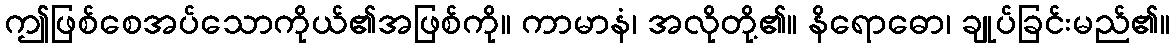
ဤဖြစ်စေအပ်သောကိုယ်၏အဖြစ်ကို။ ကာမာနံ၊ အလိုတို့၏။ နိရောဓော၊ ချုပ်ခြင်းမည်၏။